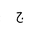
Letter: _gim